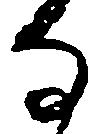
な